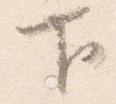
下